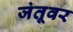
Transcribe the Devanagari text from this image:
जंतूवर